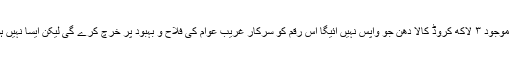
حکومت ہند کے اٹارنی جنرل نے سپریم کورٹ میں دعویٰ کیا تھا کہ ملک میں موجود ۳ لاکھ کروڈ کالا دھن جو واپس نہیں آئیگا اس رقم کو سرکار غریب عوام کی فلاح و بہبود پر خرچ کرے گی لیکن ایسا نہیں ہوا بلکہ ریزور بنک جو منافع دیا کرتا تھا وہ بھی اس بارتوقع سے نصف آیا ہے۔